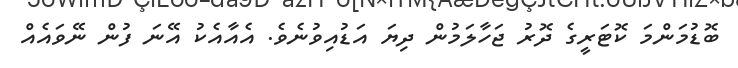
ބޮޑުމަންމަ ކޮޓަރީގެ ދޮރު ޖަހާލަމުން ދިޔަ އަޑުއިވުނެވެ. އެއާއެކު އޭނަ ފުން ނޭވައެއް